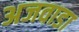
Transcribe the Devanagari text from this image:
अजवाडा